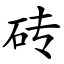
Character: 砖